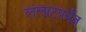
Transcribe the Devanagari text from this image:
ललाटपर्यंत